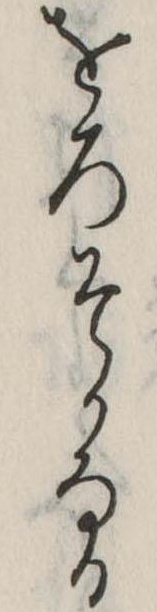
をろそかなる